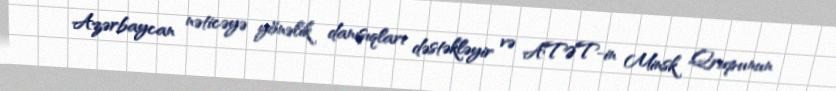
Azərbaycan nəticəyə yönəlik danışıqları dəstəkləyir və ATƏT-in Minsk Qrupunun